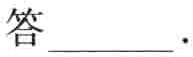
答\underline{\qquad}